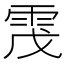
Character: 𩂟